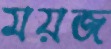
ময়জ